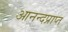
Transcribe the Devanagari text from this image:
आनन्दप्राप्त